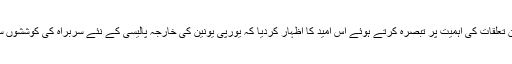
انہوں نے ایران اور یورپی ممالک کے درمیان تعلقات کی اہمیت پر تبصرہ کرتے ہوئے اس امید کا اظہار کردیا کہ یورپی یونین کی خارجہ پالیسی کے نئے سربراہ کی کوششوں سے باہمی تعلقات میں مزید اضافہ ہوجائے گا۔